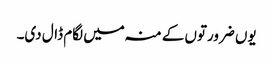
یوں ضرورتوں کے منہ میں لگام ڈال دی۔